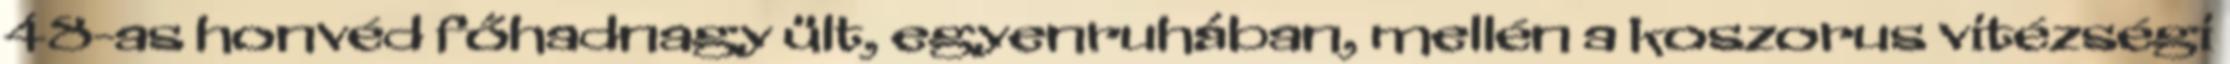
48-as honvéd főhadnagy ült, egyenruhában, mellén a koszorus vitézségi